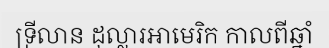
ទ្រីលាន ដុល្លារអាមេរិក កាលពីឆ្នាំ